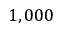
1 , 0 0 0